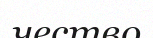
чество